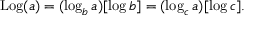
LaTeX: \operatorname { L o g } ( a ) = ( \log _ { b } a ) [ \log b ] = ( \log _ { c } a ) [ \log c ] .